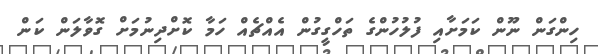
ހިންގަން ނޫން ކަމަށާއި ފުލުހުންގެ ތަހްގީގުން އެއްޗެއް ހަމާ ކޮށްދިނުމަށް ގޮވާލަން ކަން